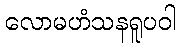
လောမဟံသနရူပဝါ